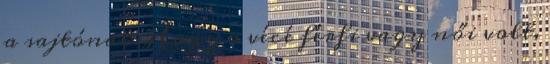
a sajtónak. Hogy a vécé férfi vagy női volt,